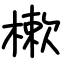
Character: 樕